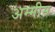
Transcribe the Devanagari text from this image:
अम्मीस